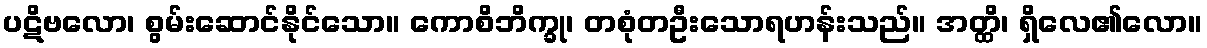
ပဋိဗလော၊ စွမ်းဆောင်နိုင်သော။ ကောစိဘိက္ခု၊ တစုံတဦးသောရဟန်းသည်။ အတ္ထိ၊ ရှိလေ၏လော။